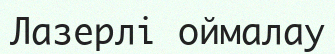
Лазерлі оймалау